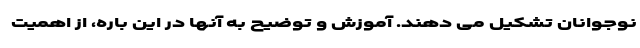
نوجوانان تشکیل می دهند. آموزش و توضیح به آنها در این باره، از اهمیت